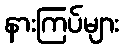
နားကြပ်များ